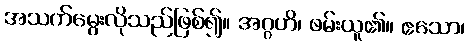
အသက်မွေးလိုသည်ဖြစ်၍။ အဂ္ဂဟိ၊ ဖမ်းယူ၏။ ဧသော၊